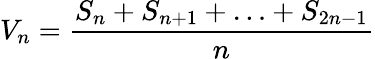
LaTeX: V_{n}={\frac{S_{n}+S_{n+1}+\ldots+S_{2n-1}}{n}}